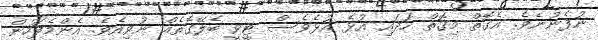
ނުފެނުނެވެ. އެގޮތް މިގޮތް ހަދައި އުޅެ އުޅެވެސް ޓީވީ ބެލޭގޮތެއް ނުވިއެވެ. އެންމެފަހުން